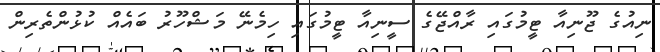
ނިއުގެ ޖޫނިއާ ޓީމުގައި ރާއްޖޭގެ ސީނިއާ ޓީމުގައި ހިމެނޭ މަޝްހޫރު ބައެއް ކުޅުންތެރިން